Lunatic asylums United Prov. 1922-30 - 1922-1930
Year: 1922
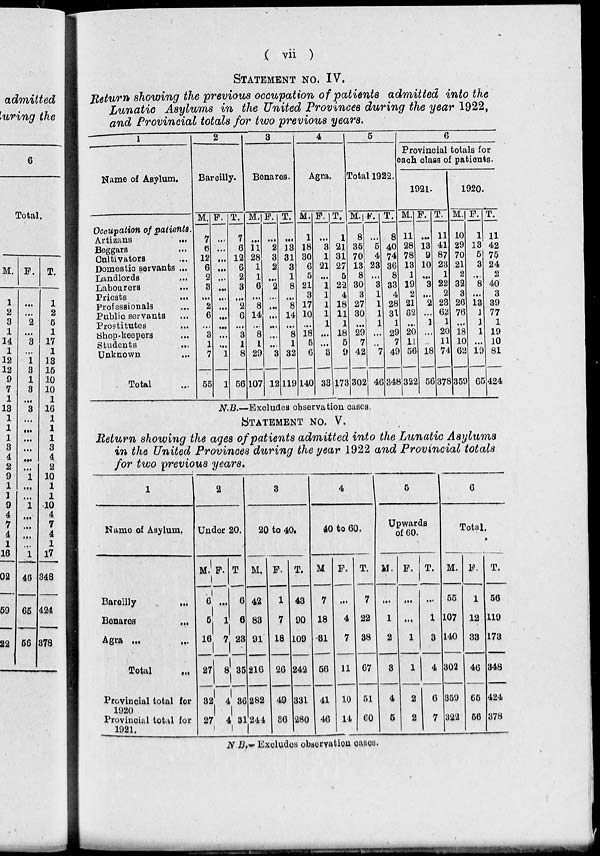
( vii )
STATEMENT No. IV.
Return showing the previous occupation of patients admitted into the
Lunatic Asylums in the United Provinces during the year 1922,
and Provincial totals for two previous years.
1
Name of Asylum.
Occupation of patients.
Artizans
...
Beggars ...
Cultivators ...
Domestic servants ...
Landlords
...
Labourers ...
Priests ...
Professionals ...
Public servants ...
Prostitutes
...
Shop-keepers ...
Students ...
Unknown ...
Total ...
2
Bareilly.
M.
7
6
12
6
2
3
...
2
6
...
3
1
7
55
F.
...
...
...
...
...
...
...
...
...
...
...
...
1
1
T.
7
6
12
6
2
3
...
2
6
...
3
1
8
56
3
Benares.
M.
...
11
28
1
1
6
...
8
14
...
8
1
29
107
F.
...
2
3
2
...
2
...
...
...
...
...
...
3
12
T.
...
13
31
3
1
8
...
8
14
...
8
1
32
119
4
Agra.
M.
1
18
30
6
5
21
3
17
10
...
18
5
6
140
F.
...
3
1
21
...
1
1
1
1
1
...
...
3
33
T.
1
21
31
27
5
22
4
18
11
1
18
5
9
173
5
Total 1922.
M.
8
35
70
13
8
30
3
27
30
...
29
7
42
302
F.
...
5
4
23
...
3
1
1
1
1
...
...
7
46
T.
8
40
74
36
8
33
4
28
31
1
29
7
49
348
6
Provincial totals for
each class of patients.
1921.
M.
11
28
78
13
1
19
2
21
62
..
20
11
56
322
F.
...
13
9
10
...
3
...
2
...
1
...
...
18
56
T.
11
41
87
23
1
22
2
23
62
1
20
11
74
378
1920.
M.
10
29
70
21
2
32
3
26
76
...
18
10
62
359
F.
1
13
5
3
...
8
...
13
1
1
1
...
19
65
T.
11
42
75
24
2
40
3
39
77
1
19
10
81
424
N.B.—Excludes observation cases.
STATEMENT No. V.
Return showing the ages of patients admitted into the Lunatic Asylums
in the United Provinces during the year 1922 and Provincial totals
for two previous years.
1
Name of Asylum.
Bareilly ...
Benares
...
Agra
...
...
Total ...
Provincial total for
1920
Provincial total for
1921.
2
Under 20.
M.
6
5
16
27
32
27
F.
...
1
7
8
4
4
T
6
6
23
35
36
31
3
20 to 40.
M.
42
83
91
216
282
244
F.
1
7
18
26
49
36
T.
43
90
109
242
331
280
4
40 to 60.
M
7
18
31
56
41
46
F.
...
4
7
11
10
14
T.
7
22
38
67
51
60
5
Upwards
of 60.
M.
...
1
2
3
4
5
F.
...
...
1
1
2
2
T.
...
1
3
4
6
7
6
Total.
M.
55
107
140
302
359
322
F.
1
12
33
46
65
56
T.
56
119
173
348
424
378
N B.–– Excludes observation cases.